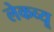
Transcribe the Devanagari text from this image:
लेकव्यू